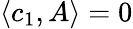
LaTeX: \langle c_{1},A\rangle=0